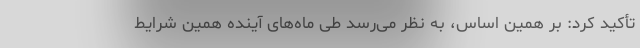
تأکید کرد: بر همین اساس، به نظر می‌رسد طی ماه‌های آینده همین شرایط